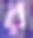
র